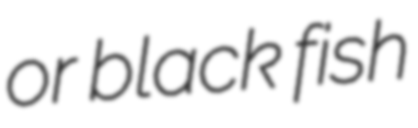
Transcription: or black fish